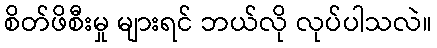
စိတ်ဖိစီးမှု များရင် ဘယ်လို လုပ်ပါသလဲ။